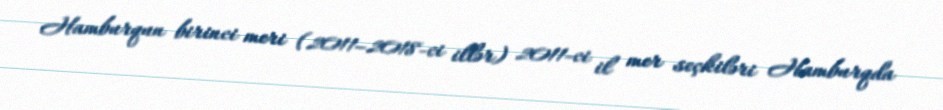
Hamburqun birinci meri (2011–2018-ci illər) 2011-ci il mer seçkiləri Hamburqda